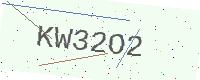
Text: KW32O2